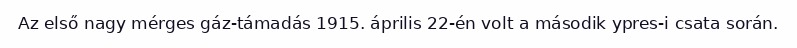
Az első nagy mérges gáz-támadás 1915. április 22-én volt a második ypres-i csata során.